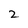
Character: 2